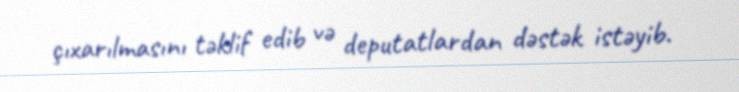
çıxarılmasını təklif edib və deputatlardan dəstək istəyib.